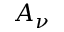
A _ { \nu }